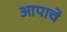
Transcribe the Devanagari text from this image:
आपाचे